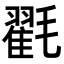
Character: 𭯪